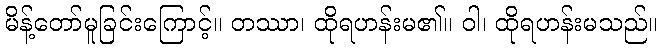
မိန့်တော်မူခြင်းကြောင့်။ တဿာ၊ ထိုရဟန်းမ၏။ ဝါ၊ ထိုရဟန်းမသည်။